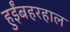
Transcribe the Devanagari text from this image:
हुईंबहरहाल